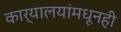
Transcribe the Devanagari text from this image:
कार्यालयांमधूनही